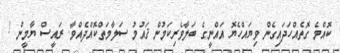
ކޮއްމެ ގޮތެއްހަދައިގެން ވިޔައްހެޔޮ އައްނީގެ ބަލާވެރިކަމުން ޤައުމު ސަލާމަތްކޮއްދެއްވާ. ރައީސް ޔާމީން !